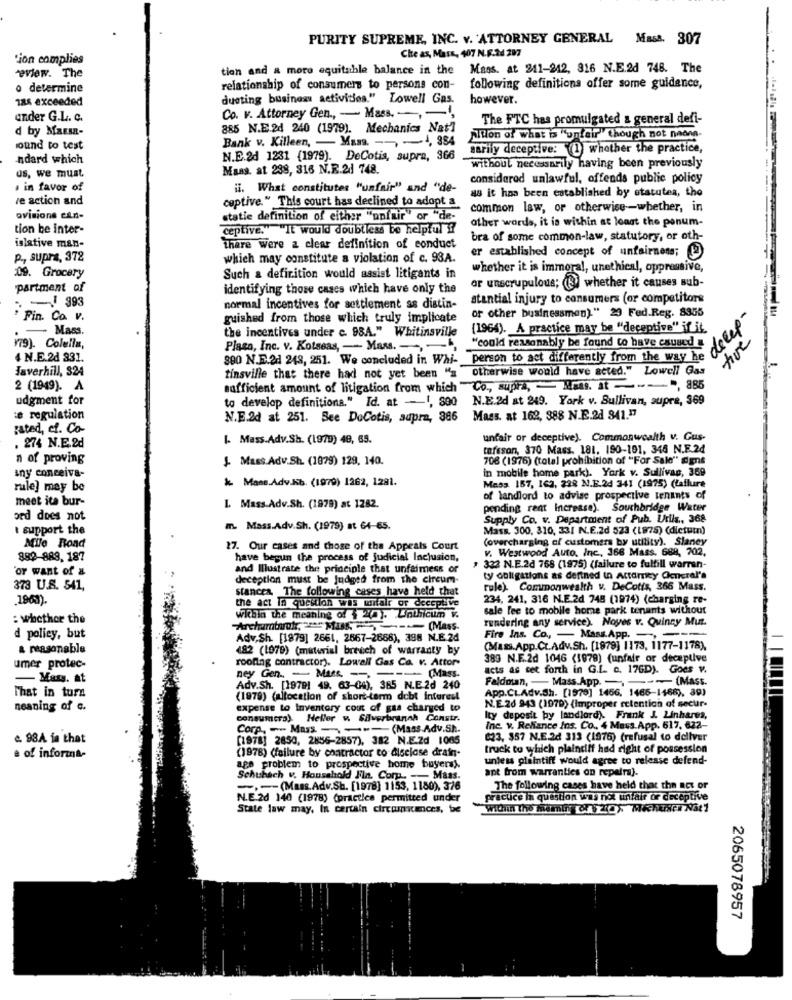
PURITY SUPREME, INC. v. 'ATTORNEY GENERAL Mass. 307
Che as, Mass, 407 N.F.2d 297
ion complies
tion and a more equitable balance in the Mass. at 211-242, 816 N.E.2d 748. The
review. The
o determine
relationship of consumers to persons con-
following definitions offer some guidence,
Tas exceeded
dusting business activities." Lowell Gas.
however.
under G.L. C.
Co. v. Attorney Gen ., - Mass. -, -,
The FTC has promulgated & general defi-
d by MaEs-
885 N.E.24 240 (1979). Mechanics Nat'l
Bank v. Killeen, - Mars. -- -- 1, 384
Ation of what is "unfair " though not naonn-
ound to test
sarily deceptive: (1) whether the practice,
ndard which
N.E.2d 1231 (1979). DeCotis, supra, 366
Mass. at 238, 316 N.R.28 748.
without necessarily having been previously
us, we must.
considered unlawful, offends public policy
# in favor of
". What constitutes "unfair" and "de-
as it has been established by statutes, the
ve action and
ceptive." This court has declined to adopt a
common law, or otherwise -- whether, in
ovisions can-
statie definition of either "unfair"or "de-
other words, it is within at least the ponum-
tion be inter-
ceptive." "It would doubtless be helpful "
bra of some common-law, statutory, or oth-
islative man-
There were 2 clear definition of conduct
er established concept of unfairness;
p ., supra, 372
which may constitute a violation of c. 93A.
09. Grocery
whether it is immoral, unethical, oppressive,
Such a definition would assist litigants in
partment of
identifying those cases which have only the
ar unscrupulous; (B) whether it causes sub-
393
atantial injury to consumers (or competitors
normal incentives for settlement as distin-
or other businessmen)." 29 Fed.Reg. 8355
decep-
Fin. Co. v.
guished from those which truly implicate
Mass.
the incentives under c. 98A." Whitinsville
(1964). A practice may be "deceptive" if it.
tive
¥79). Colella,
Placa, Inc. v. Kotseas, - Mas. -- - 4
"could reasonably be found to have caused
4 N.E.2d 331.
800 N.E.2d 248, 251. We concluded in Whi- person to act differently from the way he
Javerhill, 324
tinsville that there had not yet been "a otherwise would have acted." Lowell Gas
2 (1949). A
sufficient amount of litigation from which "Co ., supra, - Maas. at
., 885
udgment for
to develop definitiona." Id. at -1, 890 N.E.2d at 249. York v. Sullivan, supre, 369
:e regulation
N.E.2d at 251. See DoCotis, supra, 386
Mass. at 162, 388 N.E.2d 341.17
gated, cf. Co-
1. Mass.Adv.Sh. (1979) 48, 65.
unfair or deceptive). Commonwealth v. Gus-
. 274 N.E.2d
tafeson, 370 Mass. 181, 190-191, 346 N.F.24
n of proving
J- Mass.Adv.Sh. (1879) 129, 140.
708 (1976) (total prohibition of "For Sale" gens
in mobile home park). York v. Sullivas, 369
any conceiva-
& Mass.Adv.Kb. (1979) 1262, 1281.
rule] may be
Mass 157, 163, 228 N.E.2d 341 (1975) (Laflure
meet ite bur-
of landlord to advise prospective tenants of
L Mass.Adv.Sh. (1978) at 1282.
pending rent Increase). Southbridge Water
ord does not
Supply Co. v. Department of Pub. Utils, 368
support the
m. Mass.Adv.Sh. (1979) at 64-65.
Mass. 300, 310, 331 N.E.2d 523 (1875) (dietuin)
(overcharging of customers by utility). Slaney
Mile Road
27. Our cases and those of the Appeals Court
v. Westwood Auto, Inc ., 366 Mass. 689, 702,
882-889.187
have begun the process of judicial Inclusion,
or want of &
and Illustrate the principle that unfaimess or
, 323 N.E.2d 768 (1975) (failure to fulfill warran-
deception must be judged from the circum-
ty ouligations as defined in Attarney General's
373 U.S. 541,
stances, The following cases have held that
rule). Commonwealth v. DeCotis, 366 Mass.
.1963).
234, 241, 316 N.E.2d 748 (1974) (charging re-
the act In question was mitair of deceptive
sale fee to mobile home park tenants without
: whether the
Within the meaning of $ ). Joinicum v.
rendering any service). Noyes v. Quincy Mut.
Archumtarok, Muss. (Mass-
d policy, but
Adv.Sh. [1879] 2661, 2867-2688), 398 N.E.2d
Fire Ins. Co ., - Mass. App ..
a reasonable
482 (1979) (material breech of warranty by
(Mass.App.Ct.Adv.Sh. [1879] 1173, 1177-1178).
roofing contractor). Lowell Gas Ca. v. Attor-
389 N.F.2d 1046 (1978) (unfair or deceptive
umer protec-
acts as set forth in G.L. c. 176D). Goes v.
- Mary, at
ney Gen. - Mass -- -- (Mas
--- (MASS.
Adv.Sh. [1979] 49. 63-04), 365 N.E.2d 240
App.CL.Adv.Sh. [1970] 1456, 1466-1468), 39)
Faldman, - Mass.App.
That in tura
(1979) (allocation of short-term debt interest
neaning of c.
expense to Inventory cout of gas charged wo
N.E.26 943 (1979) (Improper retention of secur-
consumicro). Heller v. SHverbrunnh Constr.
Ity deposit by landlord). Frank J. Linhares,
Corp ., -- Mars ---- (Mass.Adv.Sh.
Inc. v. Reliance Ins. Co ., 4 Mass.App. 617, 622-
e. 98A in that
(1978] 2850, 2856-2857), 382 N.E.Zd 1005
623, 357 N.E.2d 313 (1976) (refusal to deliver
truck to which plaintiff had right of possession
e of informa-
(1978) (failure by contractor to Alselose drain-
unless plaintiff would agree to release defend-
age problem to prospective home buyers).
ant from warranties on repairs).
Schubach v. Household Fin. Corp. - Mass.
-- (Mass.Adv.Sh. [1978] 1153, 1180), 376
The following cases have held that the act or
N.E.20 140 (1978) (practice permitted under
practice in question was not unfair or deceptive
State law may, In certain circumstances, be
With the mamin 8/ 120% Michuser Nit!
2065078957